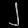
Digit: ၂